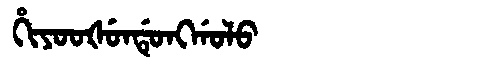
Manchu: ᡥᡳᠶᠣᠣᡧᡠᠨᡩᡠᠩᡤᠣᠯᠣ
Romanization: HIYOOŠUNDUNGGOLO